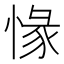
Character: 㥟